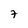
Character: 7